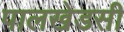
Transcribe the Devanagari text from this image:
पालखेडसी